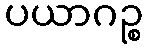
ပယာဂဉ္စ